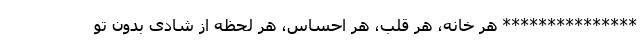
*************** هر خانه، هر قلب، هر احساس، هر لحظه از شادی بدون تو